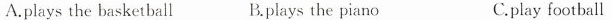
A.plays the basketball B.plays the piano C.play football